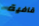
قافية